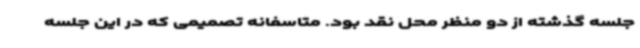
جلسه گذشته از دو منظر محل نقد بود. متاسفانه تصمیمی که در این جلسه